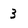
Character: 3